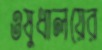
ওষুধালয়ের